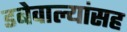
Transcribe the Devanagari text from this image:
डबेवाल्यांसह